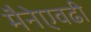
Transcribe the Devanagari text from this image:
मैनेएवढी